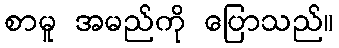
စာမူ အမည်ကို ပြောသည်။